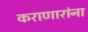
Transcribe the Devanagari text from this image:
कराणारांना